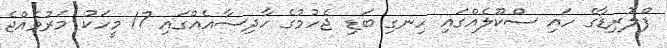
ފްލޮރިޑާގެ ހައި ސްކޫލެއްގައި ހިނގި ބަޑި ޖެހުމުގެ ހާދިސާއެއްގައި 17 މީހަކު މަރުވެއްޖެ